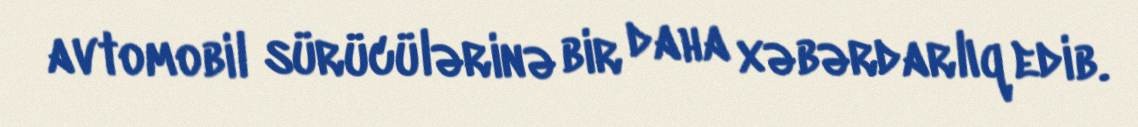
avtomobil sürücülərinə bir daha xəbərdarlıq edib.